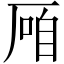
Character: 𱑠